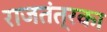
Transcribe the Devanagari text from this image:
राजतंत्रका